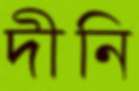
দীনি